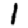
Digit: 1